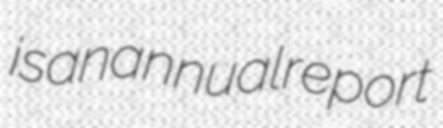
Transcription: is an annual report